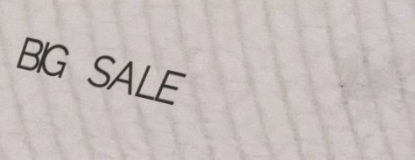
BIG SALE